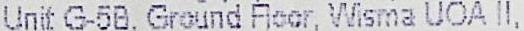
UNIT G-5B, GROUND FLOOR, WISMA UOA II,